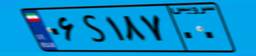
۲۸S۰۹۴۷۰